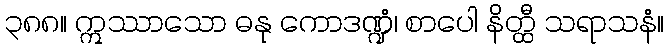
၃၈၈။ ဣဿာသော ဓနု ကောဒဏ္ဍံ၊ စာပေါ နိတ္ထီ သရာသနံ။